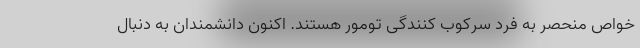
خواص منحصر به فرد سرکوب کنندگی تومور هستند. اکنون دانشمندان به دنبال